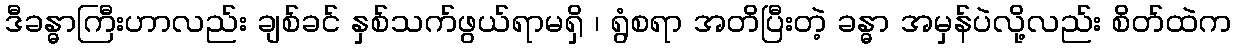
ဒီခန္ဓာကြီးဟာလည်း ချစ်ခင် နှစ်သက်ဖွယ်ရာမရှိ ၊ ရွံစရာ အတိပြီးတဲ့ ခန္ဓာ အမှန်ပဲလို့လည်း စိတ်ထဲက